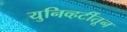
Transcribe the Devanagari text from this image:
युनिव्हर्टीतून